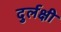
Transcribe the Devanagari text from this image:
दुर्लक्षी